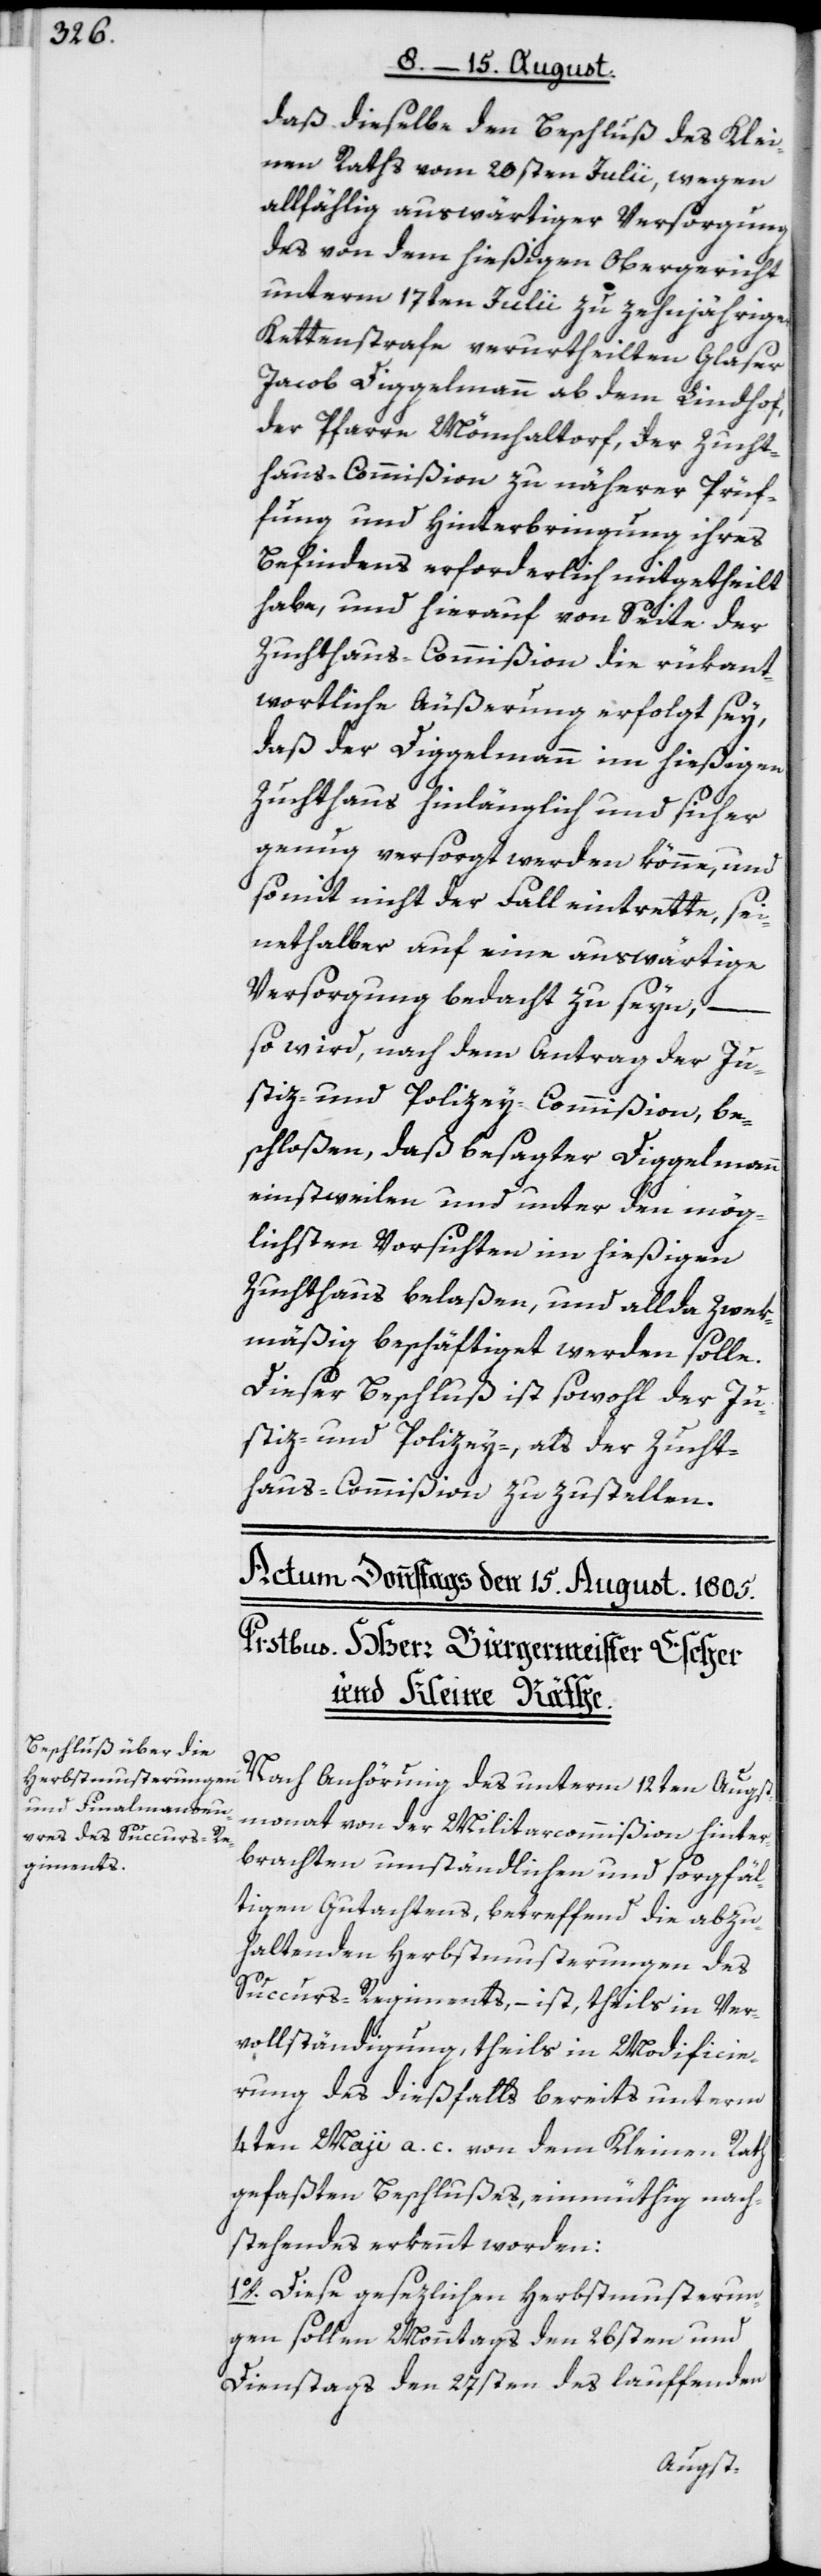
daß dieselbe den Beschluß des Klei¬
nen Raths vom 20sten Julii, wegen
allfählig auswärtiger Versorgung
des von dem hießigen Obergericht
unterm 17ten Julii zu zehnjähriger
Kettenstrafe verurtheilten Glaser
Jacob Diggelmann ab dem Lindhof,
der Pfarre Mönchaltorf, der Zucht¬
haus-Commißion zu näherer Prüf¬
fung und Hinterbringung ihres
Befindens erforderlich mitgetheilt
habe, und hierauf von Seite der
Zuchthaus-Commißion die rükant¬
wortliche Äußerung erfolgt sey,
daß der Diggelmann im hießigen
Zuchthaus hinlänglich und sicher
genug versorgt werden könne, und
somit nicht der Fall eintrette, sei¬
nethalber auf eine auswärtige
Versorgung bedacht zu seyn, –
so wird, nach dem Antrag der Ju¬
stiz- und Polizey-Commißion, be¬
schloßen, daß besagter Diggelmann
einstweilen und unter den mög¬
lichsten Vorsichten im hießigen
Zuchthaus belaßen, und allda zwek¬
mäßig beschäftiget werden solle.
Dieser Beschluß ist sowohl der Ju¬
stiz- und Polizey-, als der Zucht¬
haus-Commißion zuzustellen.
Nach Anhörung des unterm 12ten Augst¬
monat von der Militarcommißion hinter¬
brachten umständlichen und sorgfäl¬
tigen Gutachtens, betreffend die abzu¬
haltenden Herbstmusterungen des
Succurs-Regiments, – ist, theils in Ver¬
vollständigung, theils in Modificie¬
rung des dießfalls bereits unterm
4ten Maii a. c. von dem Kleinen Rath
gefaßten Beschlußes, einmüthig nach¬
stehendes erkennt worden:
1o. Diese gesezlichen Herbstmusterun¬
gen sollen Monntags den 26sten und
Dienstags den 27sten des lauffenden